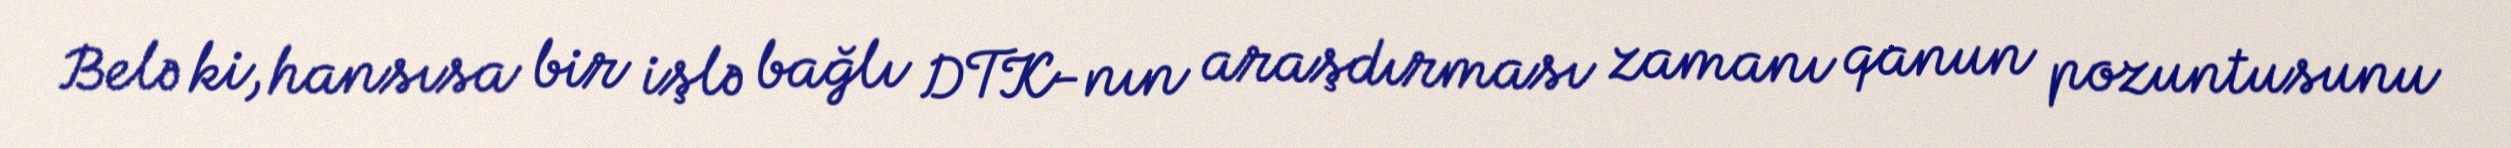
Belə ki, hansısa bir işlə bağlı DTK-nın araşdırması zamanı qanun pozuntusunu